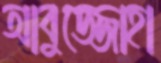
আবুজ্জোহা